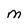
Character: M